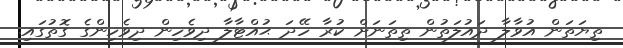
ތިޔަތަން އުވާލާ ދައުލަތުން ތިތަނަށް ކުރާ ހޭދަ ޙުއްޓާލާ ދިވެހިން ދިވެހިންގެ ގޮތުގައި.